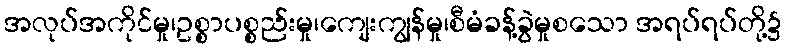
အလုပ်အကိုင်မှု၊ဥစ္စာပစ္စည်းမှု၊ကျေးကျွန်မှု၊စီမံခန့်ခွဲမှုစသော အရပ်ရပ်တို့၌